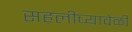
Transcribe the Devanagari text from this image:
सहलीच्यावेळी